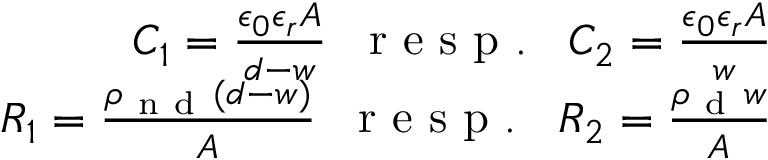
\begin{array} { r } { C _ { 1 } = \frac { \epsilon _ { 0 } \epsilon _ { r } A } { d - w } \; \; \mathrm { ~ r ~ e ~ s ~ p ~ . ~ } \; \; C _ { 2 } = \frac { \epsilon _ { 0 } \epsilon _ { r } A } { w } } \\ { R _ { 1 } = \frac { \rho _ { \mathrm { ~ n ~ d ~ } } ( d - w ) } { A } \; \; \mathrm { ~ r ~ e ~ s ~ p ~ . ~ } \; \; R _ { 2 } = \frac { \rho _ { \mathrm { ~ d ~ } } w } { A } } \end{array}